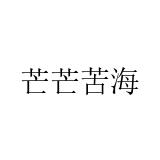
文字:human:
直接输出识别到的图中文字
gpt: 芒芒苦海